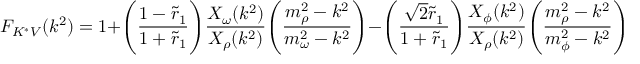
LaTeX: F _ { K ^ { * } V } ( k ^ { 2 } ) = 1 + \Biggl ( { \frac { 1 - \tilde { r } _ { 1 } } { 1 + \tilde { r } _ { 1 } } } \Biggr ) { \frac { X _ { \omega } ( k ^ { 2 } ) } { X _ { \rho } ( k ^ { 2 } ) } } \Biggl ( { \frac { m _ { \rho } ^ { 2 } - k ^ { 2 } } { m _ { \omega } ^ { 2 } - k ^ { 2 } } } \Biggr ) - \Biggl ( { \frac { \sqrt { 2 } \tilde { r } _ { 1 } } { 1 + \tilde { r } _ { 1 } } } \Biggr ) { \frac { X _ { \phi } ( k ^ { 2 } ) } { X _ { \rho } ( k ^ { 2 } ) } } \Biggl ( { \frac { m _ { \rho } ^ { 2 } - k ^ { 2 } } { m _ { \phi } ^ { 2 } - k ^ { 2 } } } \Biggr ) .